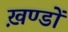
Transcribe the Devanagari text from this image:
ख़ण्डों